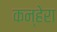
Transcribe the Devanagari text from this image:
कन्हेरा